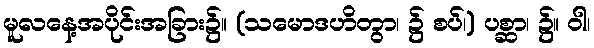
မူလနေ့အပိုင်းအခြား၌။ (သမောဒဟိတွာ၊ ၌ စပ်၊) ပစ္ဆာ၊ ၌။ ဝါ၊